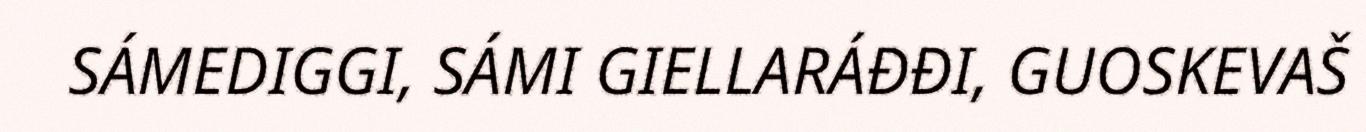
SÁMEDIGGI, SÁMI GIELLARÁÐÐI, GUOSKEVAŠ